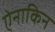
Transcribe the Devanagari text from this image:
ऐनाकिन